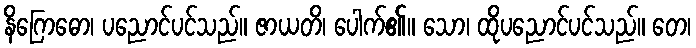
နိဂြောဓော၊ ပညောင်ပင်သည်။ ဇာယတိ၊ ပေါက်၏။ သော၊ ထိုပညောင်ပင်သည်။ တေ၊